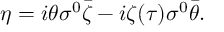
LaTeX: \eta = i \theta \sigma ^ { 0 } \bar { \zeta } - i \zeta ( \tau ) \sigma ^ { 0 } \bar { \theta } .